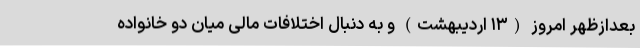
بعدازظهر امروز (۱۳ اردیبهشت) و به دنبال اختلافات مالی میان دو خانواده